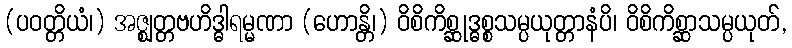
(ပဝတ္တိယံ၊) အဇ္ဈတ္တဗဟိဒ္ဓါရမ္မဏာ (ဟောန္တိ၊) ဝိစိကိစ္ဆုဒ္ဓစ္စသမ္ပယုတ္တာနံပိ၊ ဝိစိကိစ္ဆာသမ္ပယုတ်,